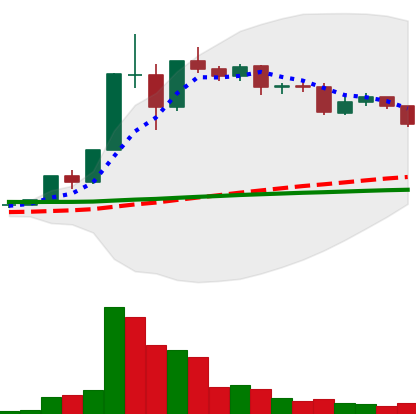
Ticker: XLM-USD
Chart end date: 2020-12-08
Forward return: 14.43%
Label: up_7plus